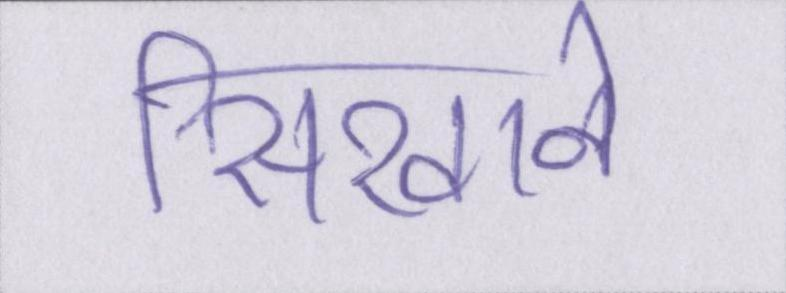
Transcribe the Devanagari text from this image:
सिखाने